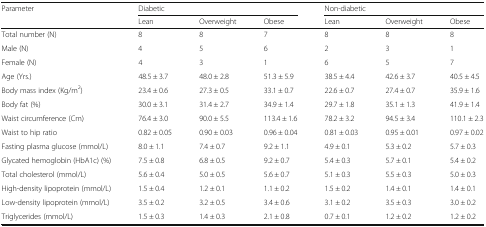
<table><thead><tr><td rowspan="2"><b>Parameter</b></td><td colspan="3"><b>Diabetic</b></td><td colspan="3"><b>Non-diabetic</b></td></tr><tr><td><b>Lean</b></td><td><b>Overweight</b></td><td><b>Obese</b></td><td><b>Lean</b></td><td><b>Overweight</b></td><td><b>Obese</b></td></tr></thead><tbody><tr><td>Total number (N)</td><td>8</td><td>8</td><td>7</td><td>8</td><td>8</td><td>8</td></tr><tr><td>Male (N)</td><td>4</td><td>5</td><td>6</td><td>2</td><td>3</td><td>1</td></tr><tr><td>Female (N)</td><td>4</td><td>3</td><td>1</td><td>6</td><td>5</td><td>7</td></tr><tr><td>Age (Yrs.)</td><td>48.5 ± 3.7</td><td>48.0 ± 2.8</td><td>51.3 ± 5.9</td><td>38.5 ± 4.4</td><td>42.6 ± 3.7</td><td>40.5 ± 4.5</td></tr><tr><td>Body mass index (Kg/m<sup>2</sup>)</td><td>23.4 ± 0.6</td><td>27.3 ± 0.5</td><td>33.1 ± 0.7</td><td>22.6 ± 0.7</td><td>27.4 ± 0.7</td><td>35.9 ± 1.6</td></tr><tr><td>Body fat (%)</td><td>30.0 ± 3.1</td><td>31.4 ± 2.7</td><td>34.9 ± 1.4</td><td>29.7 ± 1.8</td><td>35.1 ± 1.3</td><td>41.9 ± 1.4</td></tr><tr><td>Waist circumference (Cm)</td><td>76.4 ± 3.0</td><td>90.0 ± 5.5</td><td>113.4 ± 1.6</td><td>78.2 ± 3.2</td><td>94.5 ± 3.4</td><td>110.1 ± 2.3</td></tr><tr><td>Waist to hip ratio</td><td>0.82 ± 0.05</td><td>0.90 ± 0.03</td><td>0.96 ± 0.04</td><td>0.81 ± 0.03</td><td>0.95 ± 0.01</td><td>0.97 ± 0.02</td></tr><tr><td>Fasting plasma glucose (mmol/L)</td><td>8.0 ± 1.1</td><td>7.4 ± 0.7</td><td>9.2 ± 1.1</td><td>4.9 ± 0.1</td><td>5.3 ± 0.2</td><td>5.7 ± 0.3</td></tr><tr><td>Glycated hemoglobin (HbA1c) (%)</td><td>7.5 ± 0.8</td><td>6.8 ± 0.5</td><td>9.2 ± 0.7</td><td>5.4 ± 0.3</td><td>5.7 ± 0.1</td><td>5.4 ± 0.2</td></tr><tr><td>Total cholesterol (mmol/L)</td><td>5.6 ± 0.4</td><td>5.0 ± 0.5</td><td>5.6 ± 0.7</td><td>5.1 ± 0.3</td><td>5.5 ± 0.3</td><td>5.0 ± 0.3</td></tr><tr><td>High-density lipoprotein (mmol/L)</td><td>1.5 ± 0.4</td><td>1.2 ± 0.1</td><td>1.1 ± 0.2</td><td>1.5 ± 0.2</td><td>1.4 ± 0.1</td><td>1.4 ± 0.1</td></tr><tr><td>Low-density lipoprotein (mmol/L)</td><td>3.5 ± 0.2</td><td>3.2 ± 0.5</td><td>3.4 ± 0.6</td><td>3.1 ± 0.2</td><td>3.5 ± 0.3</td><td>3.0 ± 0.2</td></tr><tr><td>Triglycerides (mmol/L)</td><td>1.5 ± 0.3</td><td>1.4 ± 0.3</td><td>2.1 ± 0.8</td><td>0.7 ± 0.1</td><td>1.2 ± 0.2</td><td>1.2 ± 0.2</td></tr></tbody></table>